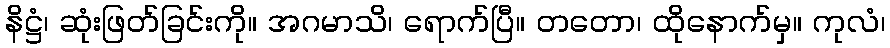
နိဋ္ဌံ၊ ဆုံးဖြတ်ခြင်းကို။ အဂမာသိ၊ ရောက်ပြီ။ တတော၊ ထိုနောက်မှ။ ကုလံ၊